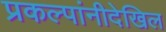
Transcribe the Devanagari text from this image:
प्रकल्पांनीदेखिल